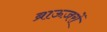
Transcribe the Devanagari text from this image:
ब्राऊज़रों